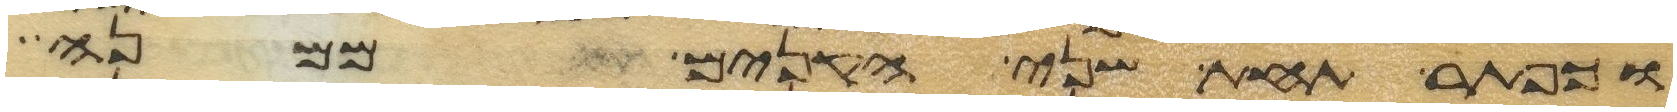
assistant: וכפתר תחת שני הקנים ממנה